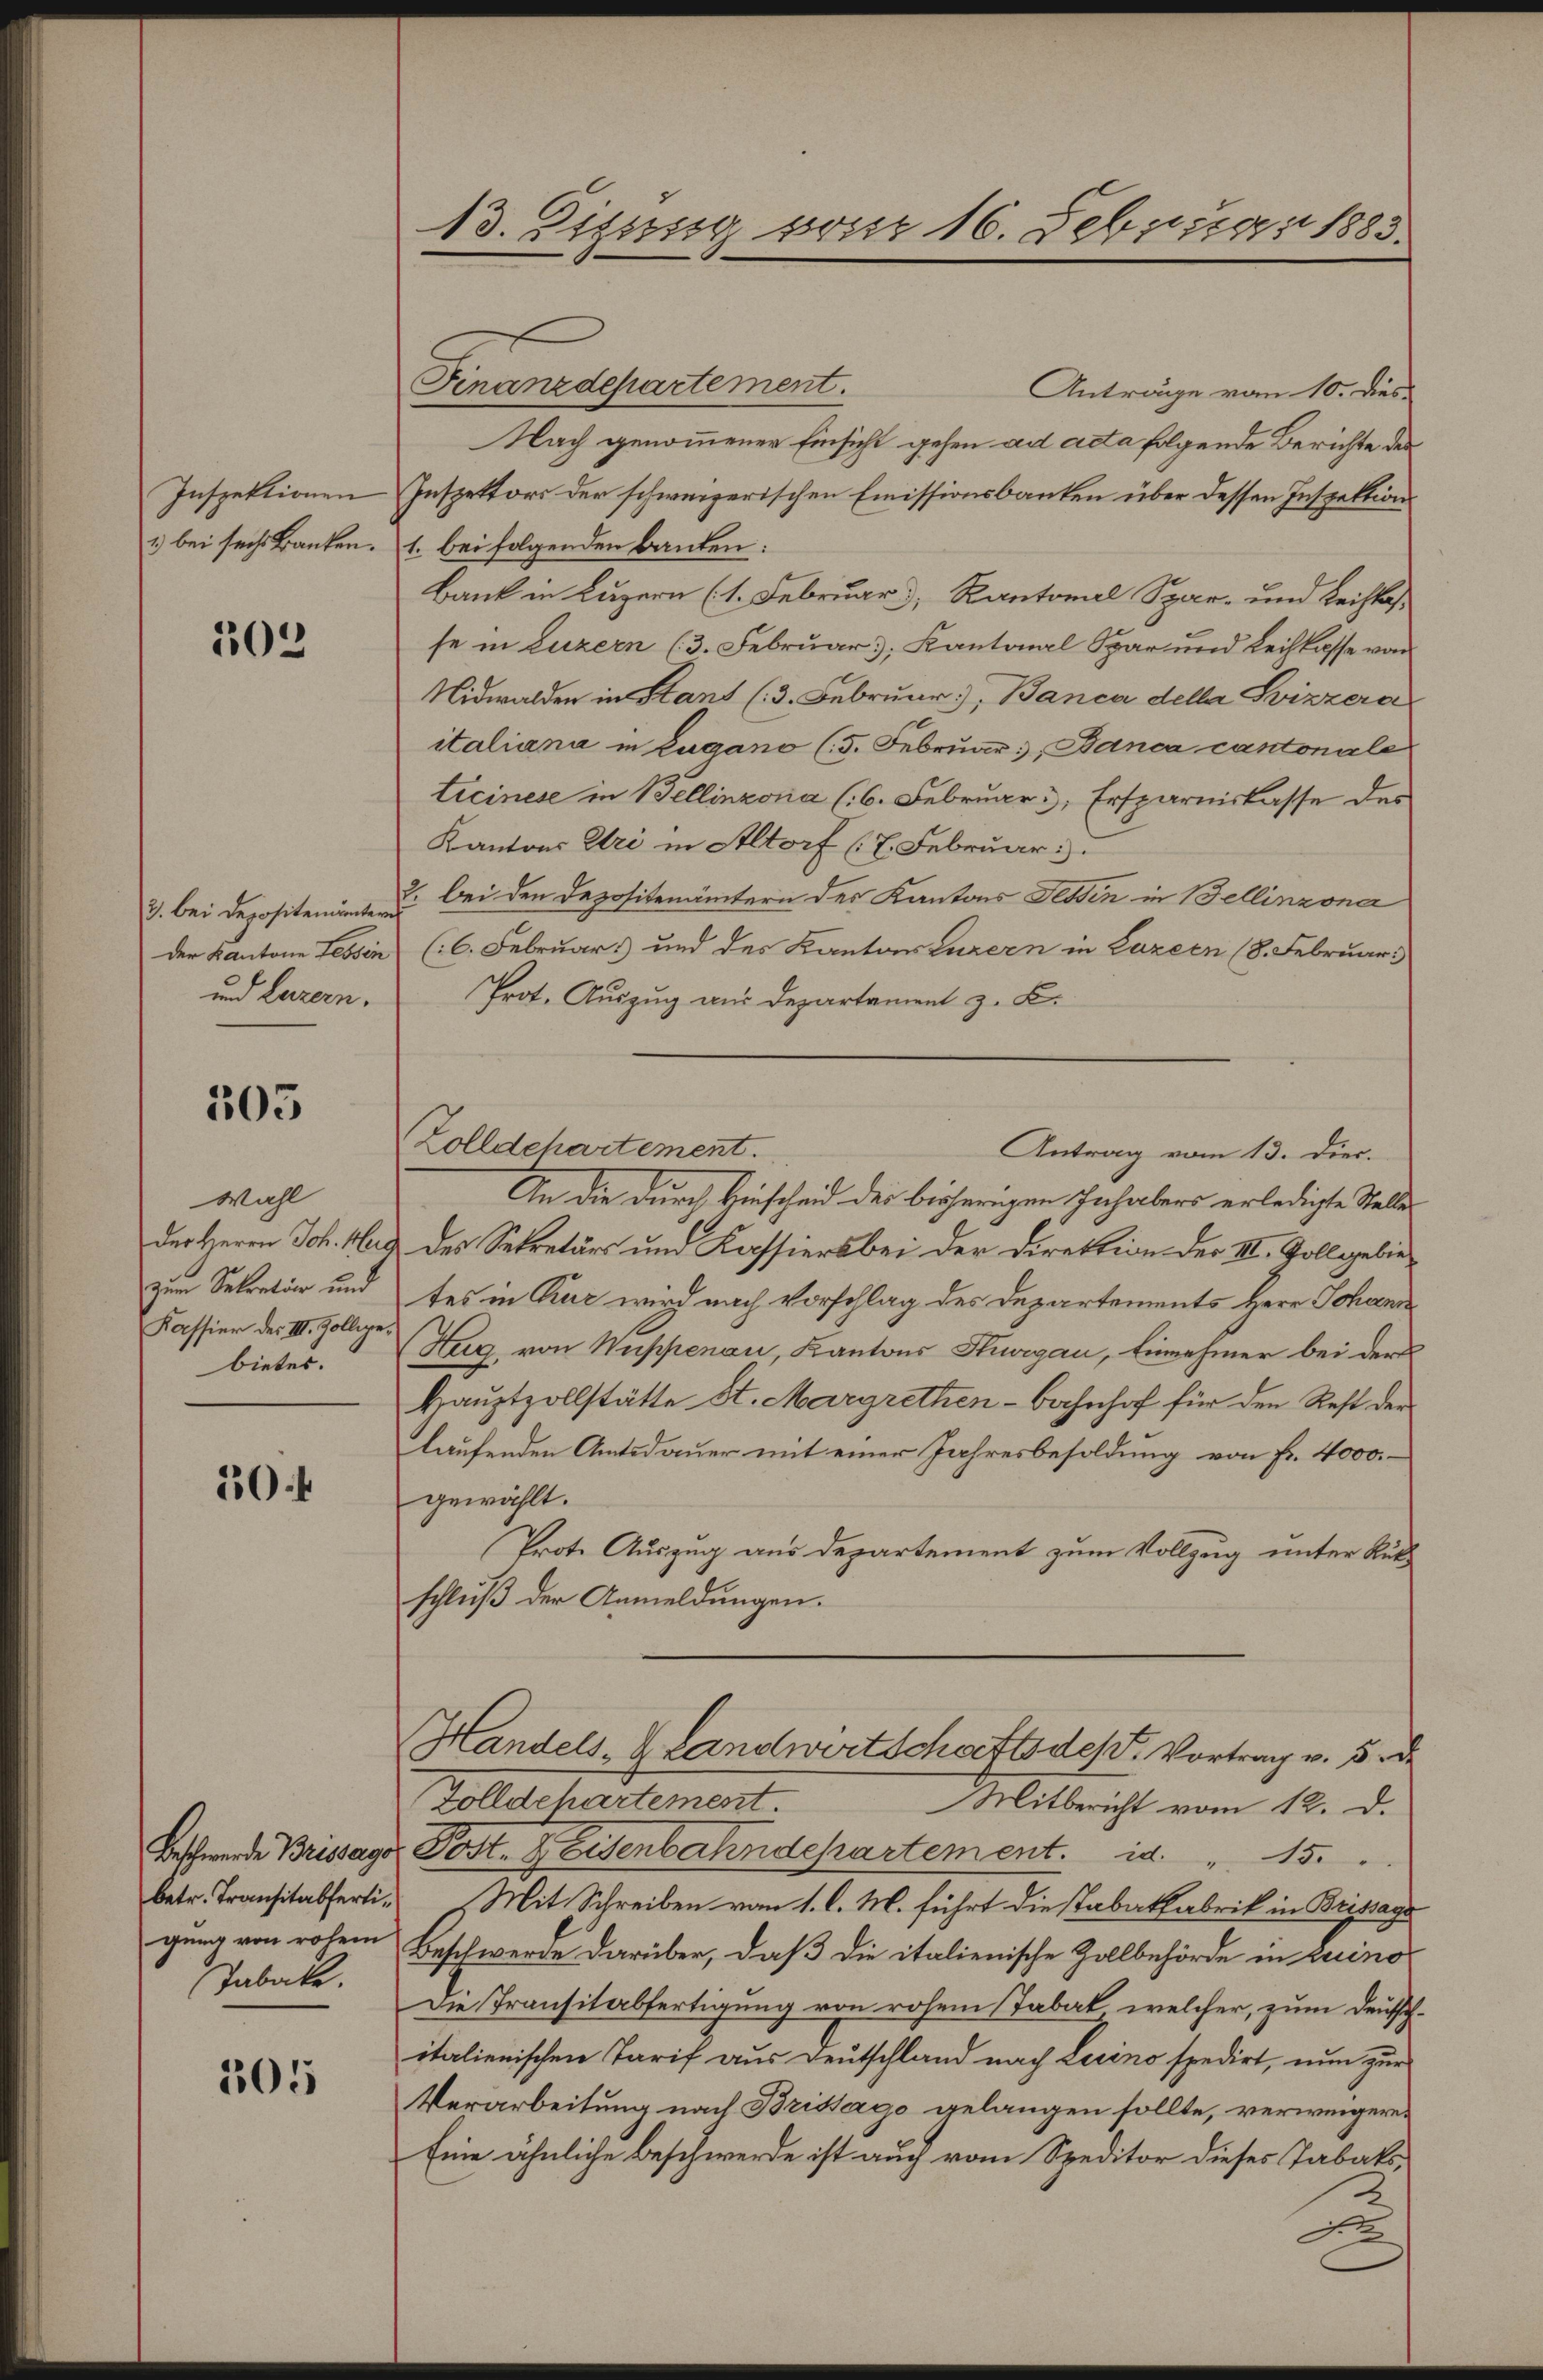
Inspektionen
1) bei sechs Banken.

303

3. bei Depositen untern
der Kantone Fessen
und Luzern.

305

Wahl
der Herrn Joh. Her
zum Sekretär und
Kassier des III. Zollige
bietes.

10.4

Beschwerde Brissage
gung von rohem
Tabake.

205

13. Zizung war 16. Februar 1883.

Finanzdepartement.
Anträge vom 10. dies
Nach genommener Einsicht gehen ad acta folgende Berichte des
Inspettors der schweizerischen Emissionsbanken über dessen Inspektions
1. bei folgenden Bauten:
Bank in Luzern (1. Februar, Kantonal Spar- und Leihkas
se in Luzern (3. Februar, Kantonal Spar und Leihkasse von
Nidwalden in Stand (3. Februar, Banca della Svizzera
italiani in Zugano (5. Februar, Banca cantonale
ticinese in Bellinzona (6. Februar 3, Ersparniskasse des
Kantons Uri in Altorf (7. Februar:
2. bei den Depositenämtern des Kantons Tessin in Bellinzona
(6. Februars und des Kantonssurern in Luzern (8. Februar
Prot. Auszug aus Departament z. B.
Zolldchartement.
An die durch Hinscheid der bisherigen Inhabers erledigte Stelle
& des Sekretärs und Kassiers bei der Direktion der III. Vollgebietes in Kur wird nach Vorschlag des Departements Herr Johann
Hug, von Nuppenau, Kantons Thurgau, Einnehmer bei der
Haŭptzollstätte St. Margrethen-Bahnhof für den Rest der
laufenden Amtsdauer mit einer Jahresbesoldung von fr. 4000.
gewählt.
Prote Auszug aus Departement zum Vollzug unter Rükschluß der Anmeldungen.
Handels- & Landwirtschafts des Vortrag v. 5. d
Zolldchartement.
Mitbericht vom 12. d.
Post. Weisenbahndepartement.                  "     15
betr. Transitabferti. Mit Schreiben vom 1. l. M. führt die Tabakfabrik in Brissage
Beschwerde darüber, daß die italienische Zollbehörde in Luino
Die Transitabfertigung von rohem Tabak, welcher, zum Deutsch-
italienischen Tarif aus Deutschland nach Levino spedirt, nun zur
Verarbeitung nach Brissago gelangen sollte, verweigere¬
Eine ähnliche Beschwerde ist auch vom Speditor dieses Tabaks¬
.

Antrag vom 13. Diec.